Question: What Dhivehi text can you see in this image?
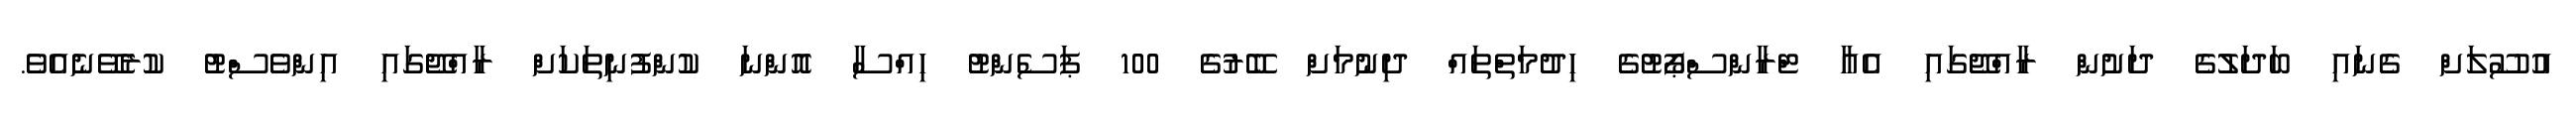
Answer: އުސޫލަށް ގެނައި ބަދަލުގެ ދަށުން ރާއްޖޭގައި އެއާ ޓްރާންސްޕޯޓުގެ ހިދުމަތްތައް ދިނުމަށް ބޭރުގެ 100 ޕަސެންޓު ހިއްސާ އޮންނަ ކުންފުނިތަކަށް ރާއްޖޭގައި އިންވެސްޓު ކުރެވޭނެއެވެ.